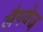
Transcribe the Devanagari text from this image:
लैगवेज